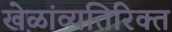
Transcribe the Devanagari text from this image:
खेळांव्यतिरिक्त